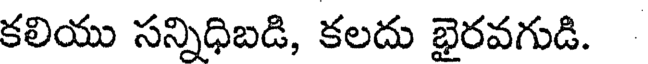
కలియు సన్నిధిబడి, కలదు భైరవగుడి.